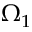
\Omega _ { 1 }